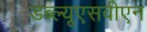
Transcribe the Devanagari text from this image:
डब्ल्यूएसवीएन